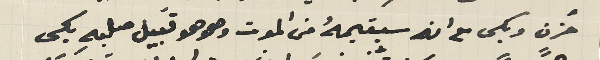
حُزن وبكى مع انه سيقيمهُ من الموت وهو هو قبَيل صلبهِ بكى